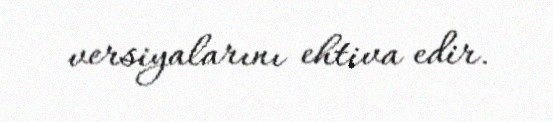
versiyalarını ehtiva edir.